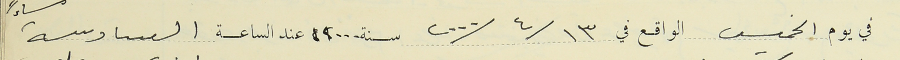
في يوم الخميس الواقع في ١٣/ ٤/ ٢٠٠٠ سنة ٢٠٠٠ عند الساعة السادسة مساءً